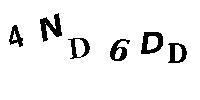
4ND6DD